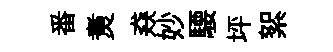
番煑猋妙騕坪絮